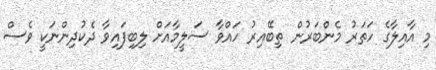
މި އާއިލާގެ ހަތަރު މެންބަރުން ތިބޭއިރު ހައްވާ ސަލީމާއަށް ލިބިފައިވާ ދެކުދިންނަކީ ވެސް